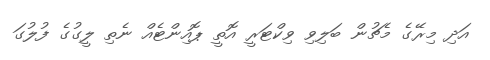
އަދި މިރޭގެ މެޗުން ބަލިވި ވިކްޓަރީ އޮތީ ޕޮއިންޓެއް ނެތި ލީގުގެ ފުލުގަ